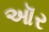
ઑર